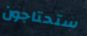
ستحتاجون